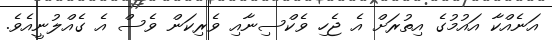
އަނެއްކާ އައުމުގެ އިތުރަށް އެ ޖެހި ވެކްސިނާއި ވެރިކަން ވެސް އެ ގެއްލުނީއެވެ.